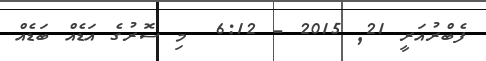
ފެބްރުއަރީ 21